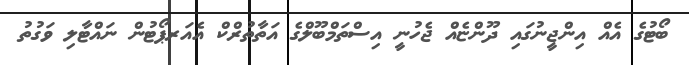
ބޯޓުގެ އެއް އިންޖީނުގައި ދޫންޏެއް ޖެހުނީ އިސްތަމްބޫލްގެ އަތާތުރްކް އެއަރޕޯޓުން ނައްޓާލި ވަގުތު